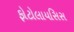
ફોટોલાયસિસ